Civil Veterinary Dept. Bombay admin report 1893-99 - 1893-1899
Year: 1893
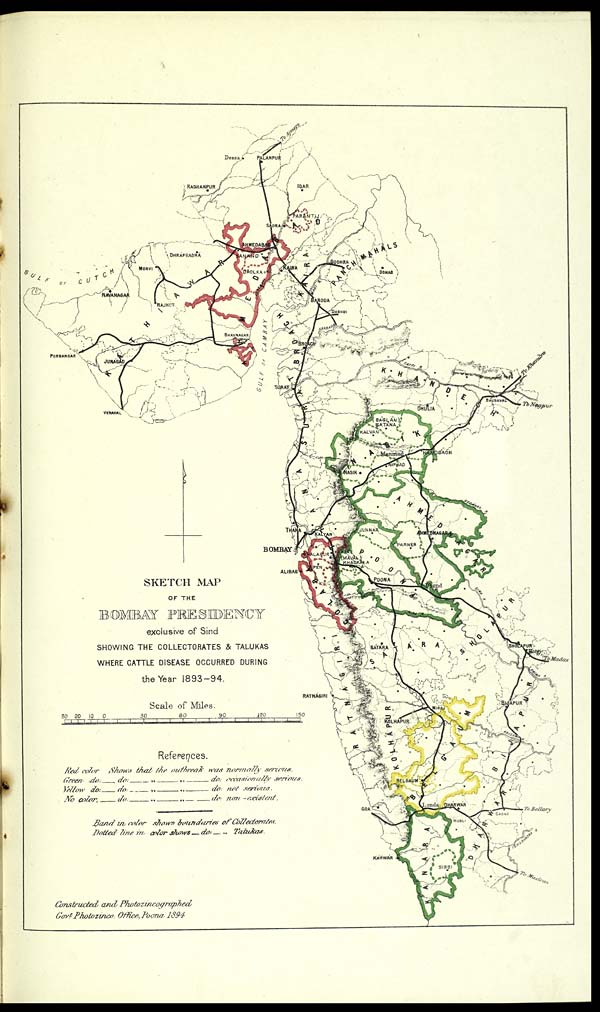
SKETCH MAP
OF THE
BOMBAY PRESIDENCY
exclusive of Sind
SHOWING THE COLLECTORATES & TALUKAS
WHERE CATTLE DISEASE OCCURRED DURING
the Year 1893-94.
Scale of Miles:
References.
Red color Shows that the outbreak was normally
serious.
Green do.
do:
„
„
do. occasionally serious.
Yellow do:
do:
„
„
do:
not serious.
No color,
do:
„
„
do. non-existent.
Band in color shows boundaries of Collectorates.
Dotted line in color dhows do: „ Talukas.
Constructed and
Photozincographed
Govt. Photozinco, Office, Poona, 1894